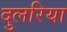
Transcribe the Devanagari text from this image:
दुलरिया